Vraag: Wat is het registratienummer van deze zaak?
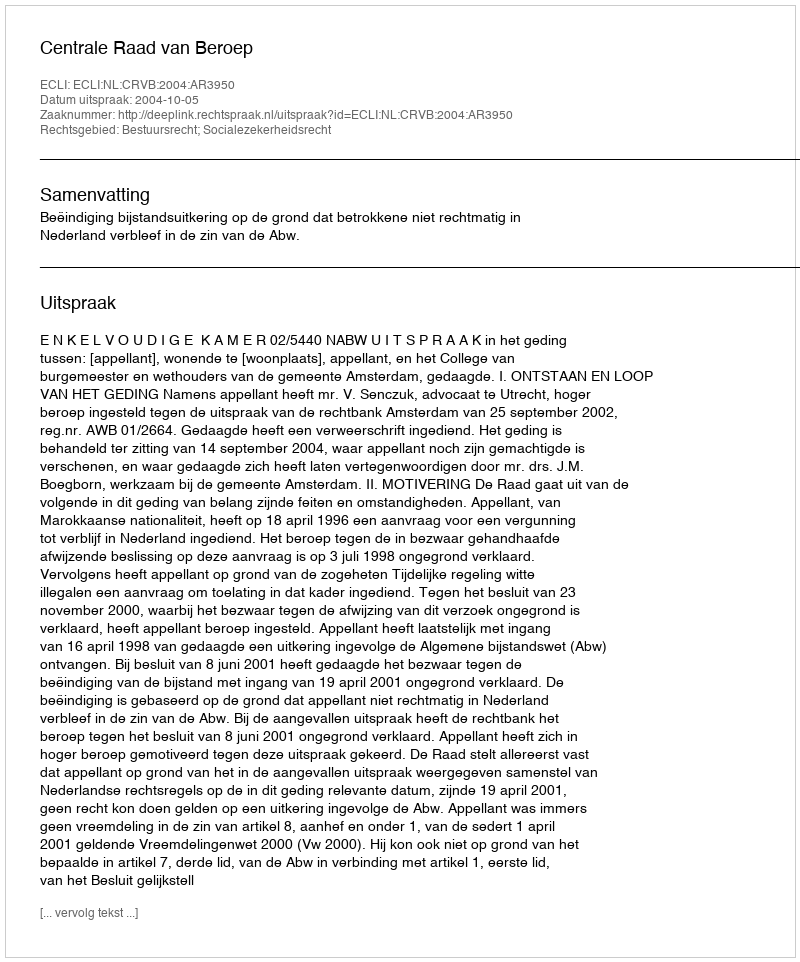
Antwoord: http://deeplink.rechtspraak.nl/uitspraak?id=ECLI:NL:CRVB:2004:AR3950